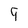
Character: 9